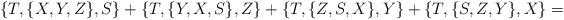
LaTeX: \begin{align*}\{T,\{X,Y,Z\},S\}+\{T,\{Y,X,S\},Z\}+\{T,\{Z,S,X\},Y\}+\{T,\{S,Z,Y\},X\}=\end{align*}